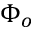
\Phi _ { o }